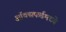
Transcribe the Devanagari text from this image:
ऑक्सफर्डमध्ये